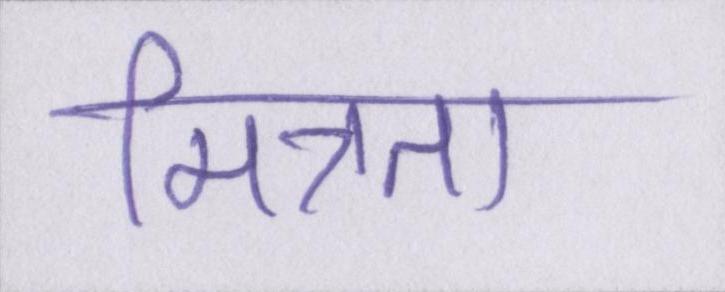
मित्रता